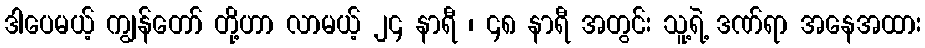
ဒါပေမယ့် ကျွန်တော် တို့ဟာ လာမယ့် ၂၄ နာရီ ၊ ၄၈ နာရီ အတွင်း သူ့ရဲ့ ဒဏ်ရာ အနေအထား